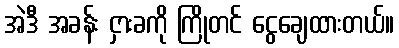
အဲဒီ အခန်း ငှားခကို ကြိုတင် ငွေချေထားတယ်။